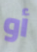
أو